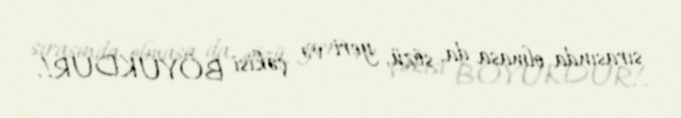
sırasında olmasa da, sözü, yeri və çəkisi BÖYÜKDÜR!.